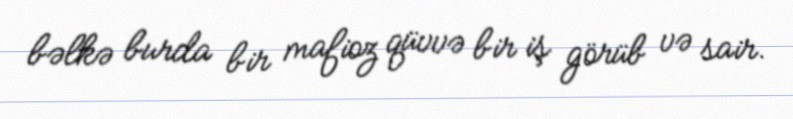
bəlkə burda bir mafioz qüvvə bir iş görüb və sair.